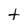
Character: t